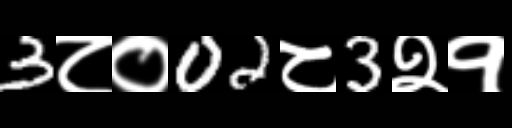
Text: 3८०02८3२१